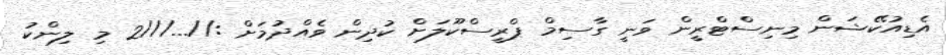
އެޑިއުކޭޝަން މިނިސްޓްރީން ވަނީ ގާސިމް ޕްރީސްކޫލަށް ކުދިން ވެއްދުމަށް ://...///2 މި ލިންކު